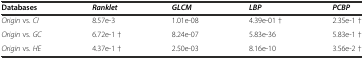
| Databases | Ranklet | GLCM | LBP | PCBP |
 | --- | --- | --- | --- | --- |
 | Origin vs. CI | 8.57e-3 | 1.01e-08 | 4.39e-01 † | 2.35e-1 † |
 | Origin vs. GC | 6.72e-1 † | 8.24e-07 | 5.83e-36 | 5.83e-1 † |
 | Origin vs. HE | 4.37e-1 † | 2.50e-03 | 8.16e-10 | 3.56e-2 † |